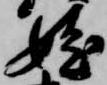
娃